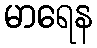
မာရေန